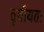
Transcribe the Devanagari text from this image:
तृतीयतः